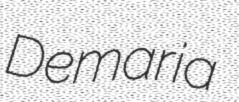
Demaria